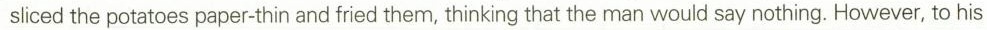
slicedthe potatoes paper-thin and fried them, thinking that the man would say nothing. However, to his